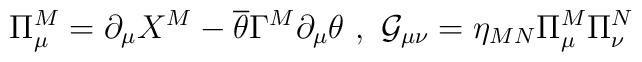
\Pi^M_{\mu}=\partial_{\mu}X^M-\overline{\theta}\Gamma^M\partial_{\mu}\theta \ , \ \mathcal{G}_{\mu\nu}=\eta_{MN}\Pi^M_{\mu}\Pi^N_{\nu}